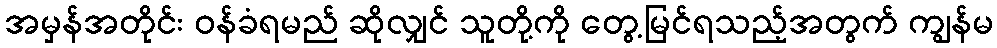
အမှန်အတိုင်း ဝန်ခံရမည် ဆိုလျှင် သူတို့ကို တွေ့မြင်ရသည့်အတွက် ကျွန်မ